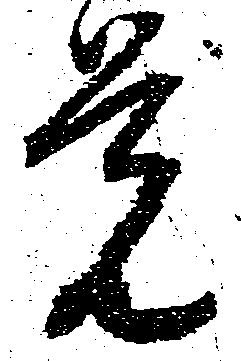
覚